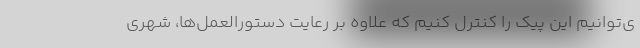
ی‌توانیم این پیک را کنترل کنیم که علاوه بر رعایت دستورالعمل‌ها، شهری